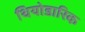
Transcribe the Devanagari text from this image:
थियोडारिक